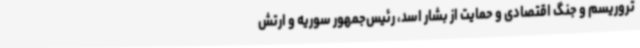
تروریسم و جنگ اقتصادی و حمایت از بشار اسد، رئیس‌جمهور سوریه و ارتش